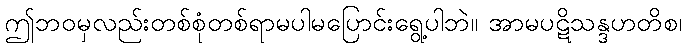
ဤဘဝမှလည်းတစ်စုံတစ်ရာမပါမပြောင်းရွေ့ပါဘဲ။ အာမပဋိသန္ဒဟတိစ၊